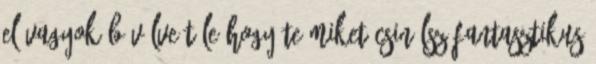
el vagyok bűvölve tőle Hogy te miket csinálsz Fantasztikus